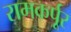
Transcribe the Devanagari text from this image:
रामकर्पूर